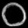
Digit: ၀